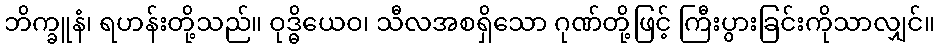
ဘိက္ခူနံ၊ ရဟန်းတို့သည်။ ဝုဒ္ဓိယေဝ၊ သီလအစရှိသော ဂုဏ်တို့ဖြင့် ကြီးပွားခြင်းကိုသာလျှင်။